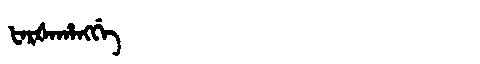
Manchu: ᡶᠠᡵᡧᠠᡥᠠᠩᡤᡝ
Romanization: FARŠAHANGGE